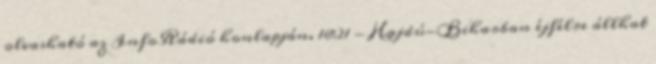
olvasható az InfoRádió honlapján. 18:21 - Hajdú-Biharban éjfélre állhat